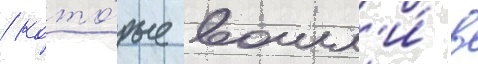
/ кото́рые вошл'и́ в